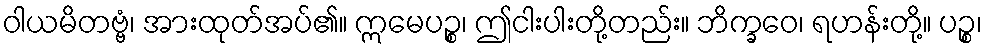
ဝါယမိတဗ္ဗံ၊ အားထုတ်အပ်၏။ ဣမေပဉ္စ၊ ဤငါးပါးတို့တည်း။ ဘိက္ခဝေ၊ ရဟန်းတို့။ ပဉ္စ၊